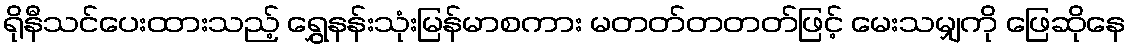
ရိုနီသင်ပေးထားသည့် ရွှေနန်းသုံးမြန်မာစကား မတတ်တတတ်ဖြင့် မေးသမျှကို ဖြေဆိုနေ